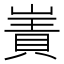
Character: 𫶑